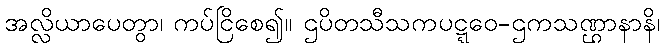
အလ္လိယာပေတွာ၊ ကပ်ငြိစေ၍။ ဌပိတသီသကပဋ္ဋဝေ-ဌကသဏ္ဌာနာနိ၊